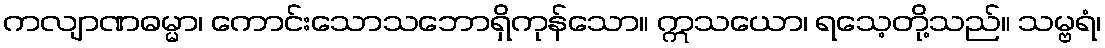
ကလျာဏဓမ္မာ၊ ကောင်းသောသဘောရှိကုန်သော။ ဣသယော၊ ရသေ့တို့သည်။ သမ္ဗရံ၊